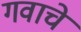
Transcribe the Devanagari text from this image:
गवाचे